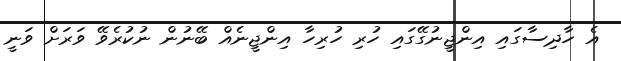
އެ ހާދިސާގައި އިންޖީނުގޭގައި ހުރި ހުރިހާ އިންޖީނެއް ބޭނުން ނުކުރެވޭ ވަރަށް ވަނީ